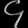
Digit: ၄